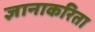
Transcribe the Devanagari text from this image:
ज्ञानाकरिता